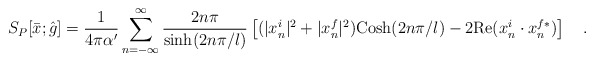
\begin{align*}S_P[{\bar x};{\hat g}] = {{1}\over{4\pi\alpha^{\prime}}} \sum_{n=-\infty}^{\infty} {{2n\pi}\over{{\rm sinh} (2n\pi/l)}}\left [ (|x_n^i|^2 + |x_n^f|^2){\rm Cosh}(2n\pi/l) -2 {\rm Re} (x_n^i \cdot x_n^{f*}) \right ] \quad .\end{align*}